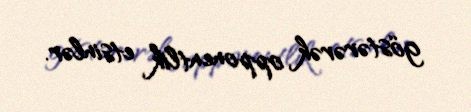
göstərərək opponentlik etsinlər.